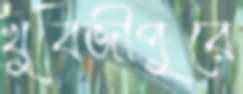
খুবজীপুরে